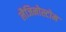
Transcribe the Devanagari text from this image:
लैजिनोस्टोम